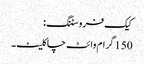
کیک فروسٹنگ:
150 گرام وائٹ چاکلیٹ۔